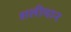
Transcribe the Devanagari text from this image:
शलीमान